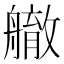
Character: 䒆